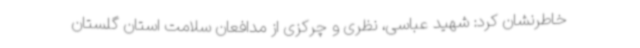
خاطرنشان کرد: شهید عباسی، نظری و چرکزی از مدافعان سلامت استان گلستان